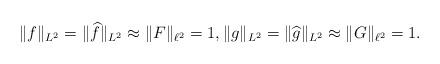
LaTeX: \begin{align*}\|f\|_{L^2}=\|\widehat{f}\|_{L^2} \approx \|F\|_{\ell^2}=1, \|g\|_{L^2}=\|\widehat{g}\|_{L^2} \approx \|G\|_{\ell^2}=1. \end{align*}